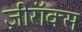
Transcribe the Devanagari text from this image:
ज़ीरॉक्स